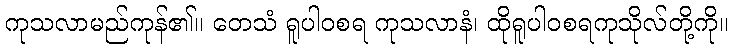
ကုသလာမည်ကုန်၏။ တေသံ ရူပါဝစရ ကုသလာနံ၊ ထိုရူပါဝစရကုသိုလ်တို့ကို။